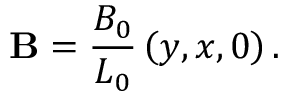
\mathbf { B } = \frac { B _ { 0 } } { L _ { 0 } } \left( y , x , 0 \right) .